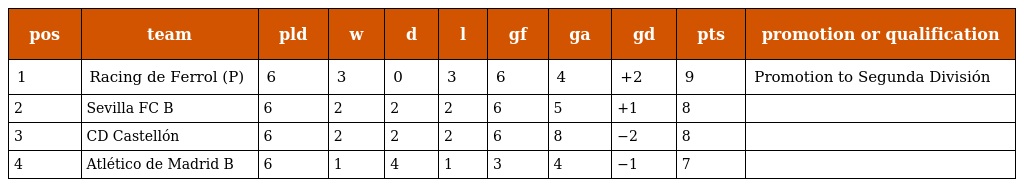
| pos | team | pld | w | d | l | gf | ga | gd | pts | promotion or qualification |
 | --- | --- | --- | --- | --- | --- | --- | --- | --- | --- | --- |
 | 1 | Racing de Ferrol (P) | 6 | 3 | 0 | 3 | 6 | 4 | +2 | 9 | Promotion to Segunda División |
 | 2 | Sevilla FC B | 6 | 2 | 2 | 2 | 6 | 5 | +1 | 8 |  |
 | 3 | CD Castellón | 6 | 2 | 2 | 2 | 6 | 8 | −2 | 8 |  |
 | 4 | Atlético de Madrid B | 6 | 1 | 4 | 1 | 3 | 4 | −1 | 7 |  |